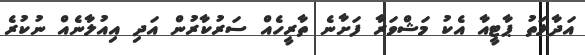
އަދާލަތު ޕާޓީއާ އެކު މަޝްވަރާ ފަށާނެ ތާރީހެއް ސަރުކާރުން އަދި އިއުލާނެއް ނުކުރެ